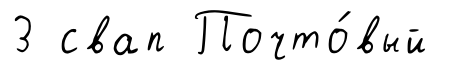
3 свап Почто́вый